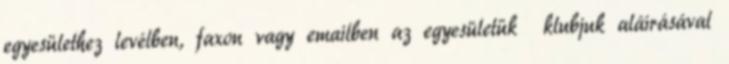
egyesülethez levélben, faxon vagy emailben az egyesületük klubjuk aláírásával